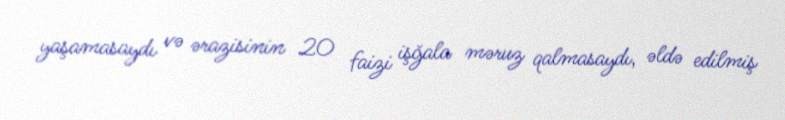
yaşamasaydı və ərazisinin 20 faizi işğala məruz qalmasaydı, əldə edilmiş